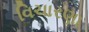
વિચારણા